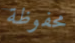
محفوظة